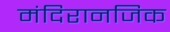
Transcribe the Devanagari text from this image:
मंदिरानजिक